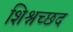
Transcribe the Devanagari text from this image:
शिश्नच्छद